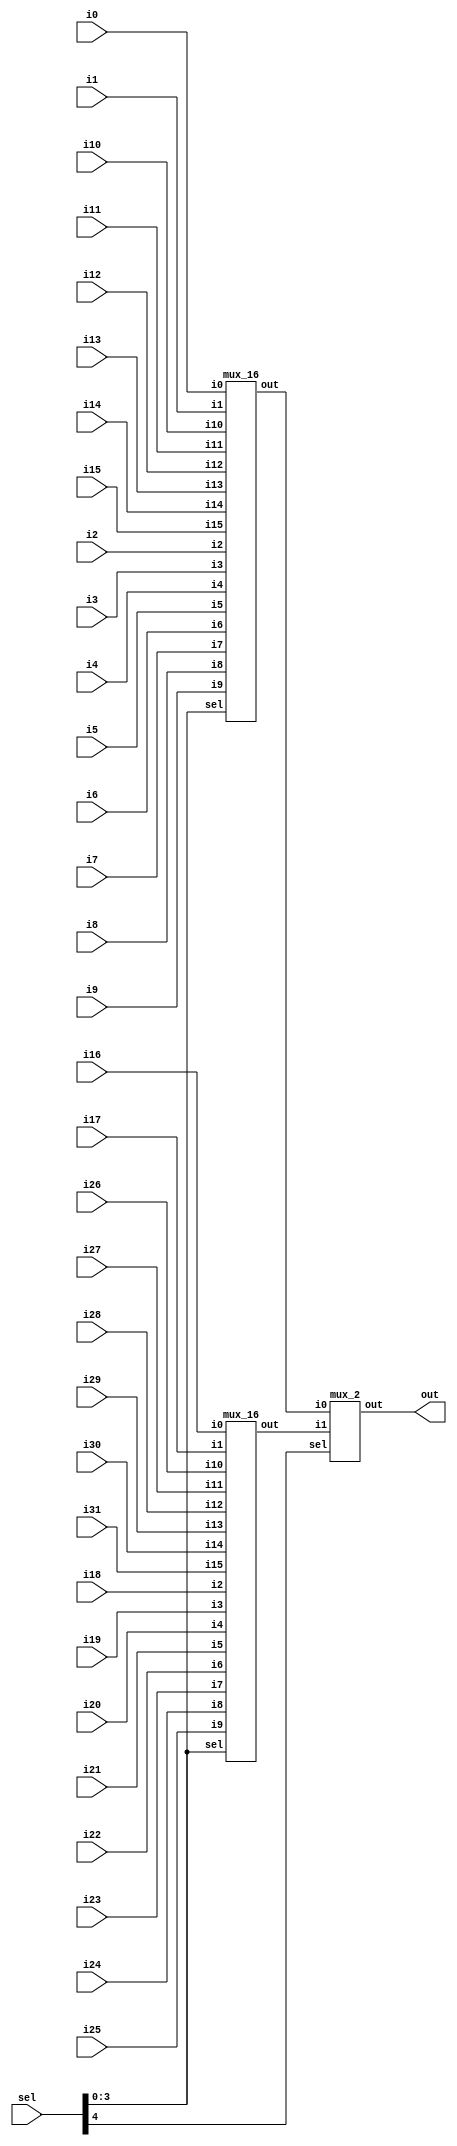
module mux_32(out, sel, i0, i1, i2, i3, i4, i5, i6, i7, i8, i9, i10, i11, i12, i13, i14, i15, i16, i17, i18, i19, i20, i21, i22, i23, i24, i25, i26, i27, i28, i29, i30, i31);

    input [4:0] sel;
    input [31:0] i0, i1, i2, i3, i4, i5, i6, i7, i8, i9, i10, i11, i12, i13, i14, i15, i16, i17, i18, i19, i20, i21, i22, i23, i24, i25, i26, i27, i28, i29, i30, i31;

    output [31:0] out;

    wire [31:0] w1, w2;

    mux_16 ftop(w1, sel[3:0], i0, i1, i2, i3, i4, i5, i6, i7, i8, i9, i10, i11, i12, i13, i14, i15);
    mux_16 fbot(w2, sel[3:0], i16, i17, i18, i19, i20, i21, i22, i23, i24, i25, i26, i27, i28, i29, i30, i31);
    mux_2 seco(out, sel[4], w1, w2);

endmodule

module mux_16(out, sel, i0, i1, i2, i3, i4, i5, i6, i7, i8, i9, i10, i11, i12, i13, i14, i15);

    input [3:0] sel;
    input [31:0] i0, i1, i2, i3, i4, i5, i6, i7, i8, i9, i10, i11, i12, i13, i14, i15;

    output [31:0] out;

    wire [31:0] w1, w2;

    mux_8 ftop(w1, sel[2:0], i0, i1, i2, i3, i4, i5, i6, i7);
    mux_8 fbot(w2, sel[2:0], i8, i9, i10, i11, i12, i13, i14, i15);
    mux_2 seco(out, sel[3], w1, w2);

endmodule

module mux_8(out, sel, i0, i1, i2, i3, i4, i5, i6, i7);

    input [2:0] sel;
    input [31:0] i0, i1, i2, i3, i4, i5, i6, i7;

    output [31:0] out;

    wire [31:0] w1, w2;

    mux_4 ftop(w1, sel[1:0], i0, i1, i2, i3);
    mux_4 fbot(w2, sel[1:0], i4, i5, i6, i7);
    mux_2 seco(out, sel[2], w1, w2);

endmodule

module mux_4(out, sel, i0, i1, i2, i3);

    input [1:0] sel;
    input [31:0] i0, i1, i2, i3;

    output [31:0] out;

    wire [31:0] w1, w2;

    mux_2 ftop(w1, sel[0], i0, i1);
    mux_2 fbot(w2, sel[0], i2, i3);
    mux_2 secd(out, sel[1], w1, w2);

endmodule

module mux_2(out, sel, i0, i1);

    input sel;
    input [31:0] i0, i1;

    output [31:0] out;

    assign out = sel ? i1 : i0;

endmodule

module mux_2_33(out, sel, i0, i1);

    input sel;
    input [32:0] i0, i1;

    output [32:0] out;

    assign out = sel ? i1 : i0;

endmodule